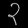
Digit: ၃